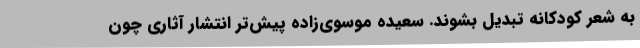
به شعر کودکانه تبدیل بشوند. سعیده موسوی‌زاده پیش‌تر انتشار آثاری چون